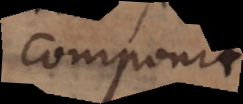
componit.